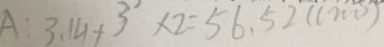
A : 3 . 1 4 + 3 \times 2 = 5 6 . 5 2 ( c m )